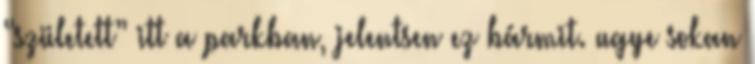
“született” itt a parkban, jelentsen ez bármit. ugye sokan